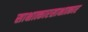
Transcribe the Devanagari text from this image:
साक्षात्कारसाक्षात्कार